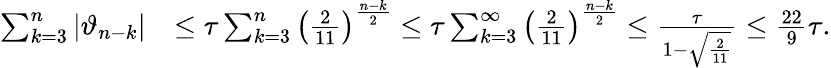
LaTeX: \begin{array}{rl}{\sum_{k=3}^{n}|\vartheta_{n-k}|}&{\le\tau\sum_{k=3}^{n}\left(\frac{2}{11}\right)^{\frac{n-k}{2}}\le\tau\sum_{k=3}^{\infty}\left(\frac{2}{11}\right)^{\frac{n-k}{2}}\le\frac{\tau}{1-\sqrt{\frac{2}{11}}}\le\frac{22}{9}\tau.}\end{array}